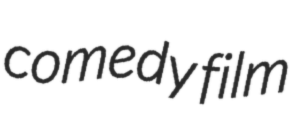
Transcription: comedy film